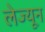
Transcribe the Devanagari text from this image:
लेज्यून